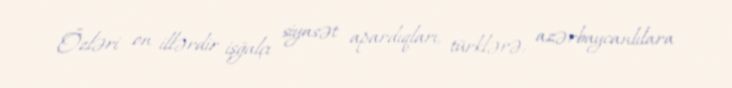
Özləri on illərdir işğalçı siyasət apardıqları, türklərə, azərbaycanlılara